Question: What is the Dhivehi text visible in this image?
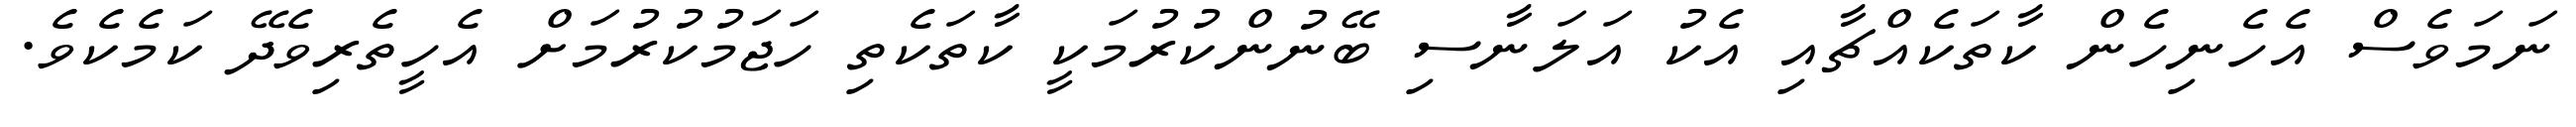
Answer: ނަމަވެސް އެހެނިހެން ކާތަކެއްޗާއި އެކު އަލަނާސި ބޭނުންކުރުމަކީ ކާތަކެތި ހަޖަމުކުރުމަށް އެހީތެރިވެދޭ ކަމެކެވެ.